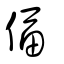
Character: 偪